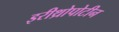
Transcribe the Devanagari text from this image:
इरीथ्रोपोटीन